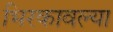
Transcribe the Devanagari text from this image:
भिरकावल्या